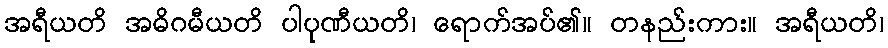
အရီယတိ အဓိဂမီယတိ ပါပုဏီယတိ၊ ရောက်အပ်၏။ တနည်းကား။ အရီယတိ၊